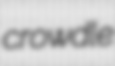
crowdle